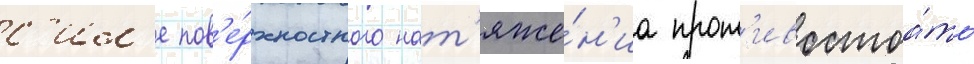
с'ил'е пов'е́рхностного нат'яже́н'иа прот'ивостоа́ть